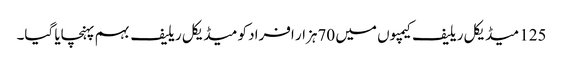
125 میڈیکل ریلیف کیمپوں میں 70ہزار افراد کو میڈیکل ریلیف بہم پہنچایا گیا۔